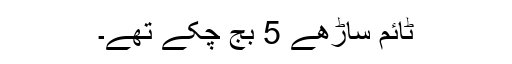
ٹائم ساڑھے 5 بج چکے تھے۔